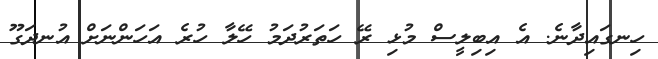
ހިނގައިދާނެ. އެ އިބިލީސް މުޅި ރޭ ހަތަރުދަމު ހޭލާ ހުރެ އަހަންނަށް އުނދަގޫ